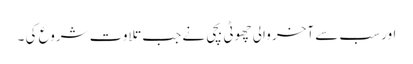
اور سب سے آخر والی چھوٹی بچی نے جب تلاوت شروع کی ۔